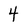
Character: 4